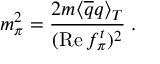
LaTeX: m _ { \pi } ^ { 2 } = \frac { 2 m \langle \overline { { { q } } } q \rangle _ { T } } { ( \mathrm { R e } \, f _ { \pi } ^ { t } ) ^ { 2 } } \; .